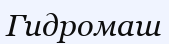
Гидромаш